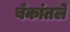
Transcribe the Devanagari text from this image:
बँकांतले